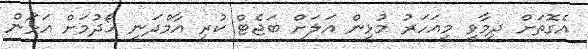
އެގޮތަށް ދިމާވީ މިއަހަރު މުޅިން އަލަށް ބަޖެޓް ކުރި އާމްދަނީ ހޯދުމަށް އަޅަން